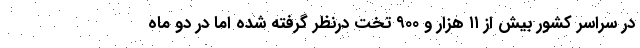
در سراسر کشور بیش از ۱۱ هزار و ۹۰۰ تخت درنظر گرفته شده اما در دو ماه